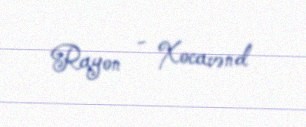
Rayon - Xocavənd